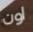
اون